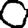
Digit: 0